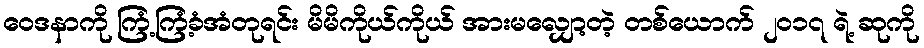
ဝေဒနာကို ကြံ့ကြံ့ခံအံတုရင်း မိမိကိုယ်ကိုယ် အားမလျှော့တဲ့ တစ်ယောက် ၂၀၁၇ ရဲ့ ဆုကို